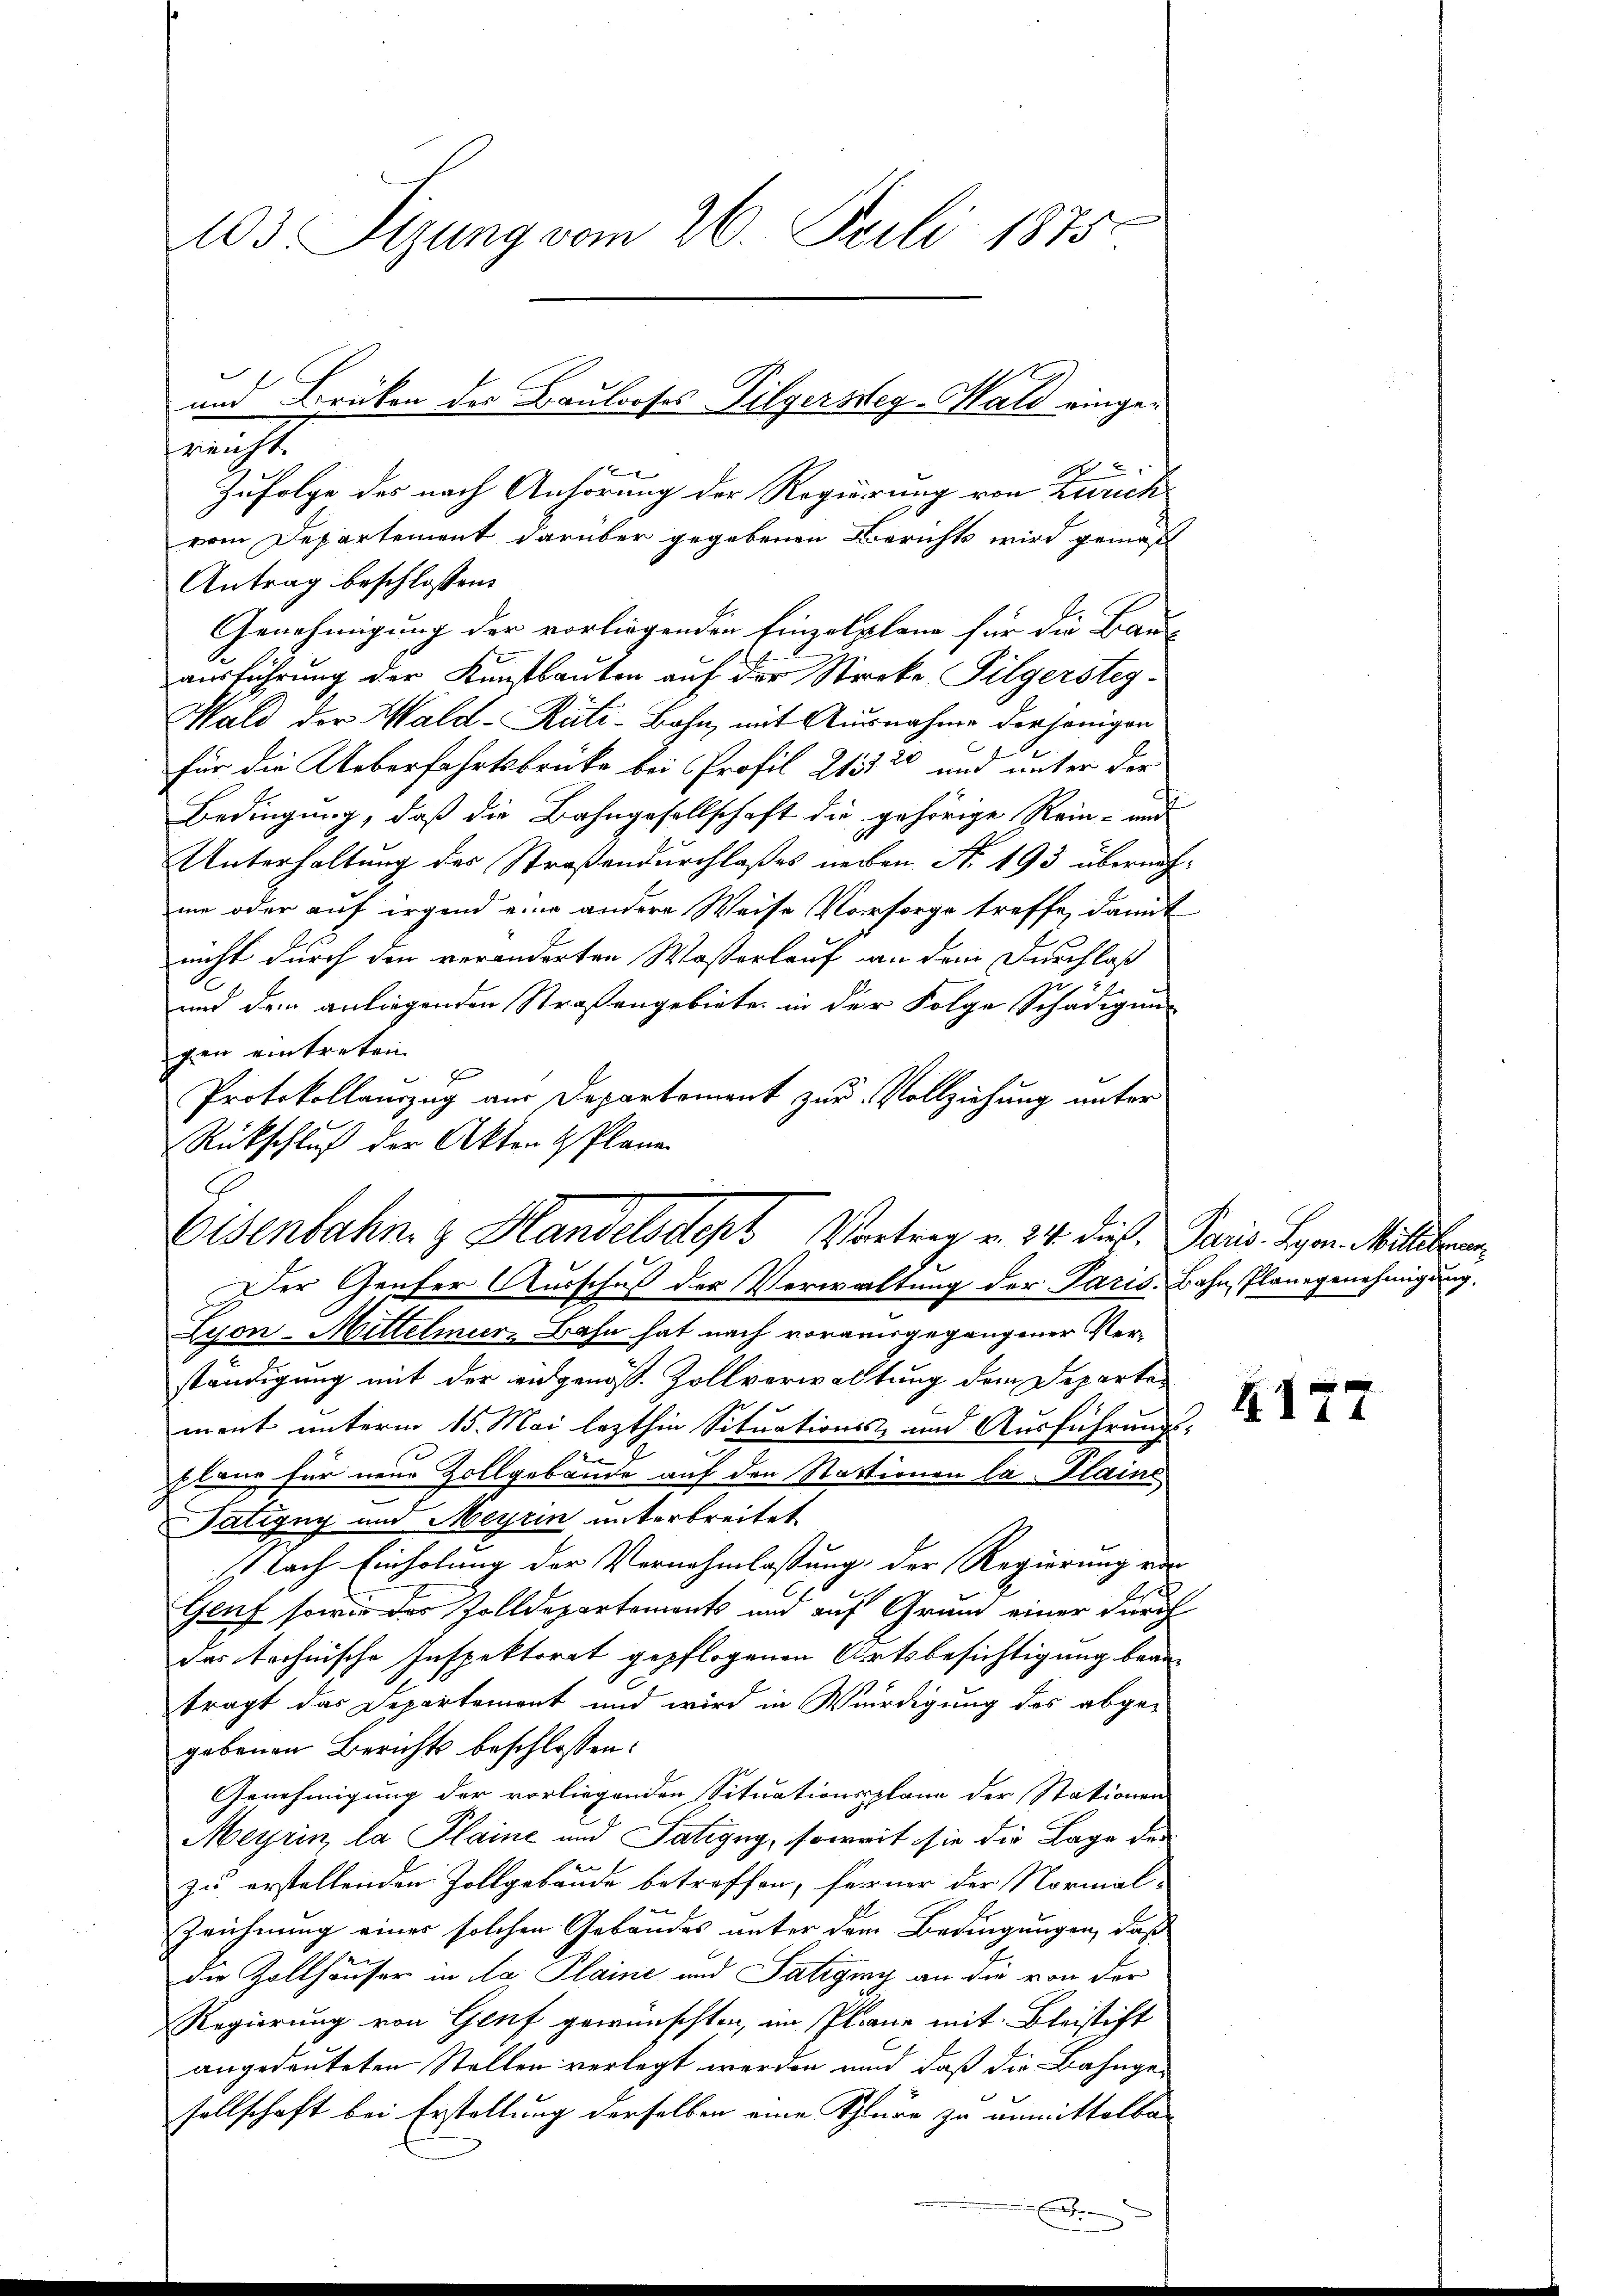
103 Sizung vom 26. Juli 1875.

6
Zufolge des nach Anhörung der Regierung von Zürich
vom Departement darüber gegebenen Berichts wird gemäß
Antrag beschlossen:
Genehmigung der vorliegenden Einzelplane für die Bau- |
ausführung der Kunstbauten auf der Streke Pilgersteg
Wald der Wald–Rüti-Bahn, mit Ausnahme derjenigen
für die Ueberfahrtsbrücke bei Profil Wisse und unter der
Bedingung, daß die Bahngesellschaft die gehörige Rein- und
Unterhaltung des Straßendurchlaßes nechen N. 193 übernachme oder auf irgend eine andere Weise Vorsorge treffe, damit
nicht durch den veränderten Wasserlauf an dem Durchlaß
und dem anliegenden Straßengebiete in der Folge Schädigung
gen eintreten.
f
Protokollauszug aus Departement zur Vollziehung unter
Der Genfer Ausschuß der Verwaltung der Paris. Bahn, Planegenehmigung.
Lyon-Mittelmeer-Bahn hat nach vorausgegangener Verständigung mit der angenoß. Zollverwaltung dem Departement unterm 15. Mai lezthin Situations- und Ausführungs-
lane für neue Zollgebäude auf den Startionen la Plaine
Tatigny und Meyrin unterbreitet
 lach Einholung der Vernehmlassung der Regierung vor
Genf sowie des Zolldepartements und auf Grund einer durch
das technische Inspektorat gepflogenen Ortsbesichtigung beantragt das Departement und wird in Würdigung des abge-
gebenen Berichts beschlossen:
Genehmigung der vorliegenden Situationsplane der Stationen
Meyrin, la Plaine und Satigny, soweit sie die Lage des
zu erstellenden Zollgebäude betreffen, ferner der Normal¬
 von
Zeichnung einer solchen Gebäudes unter dem Bedingungen, daß
die Zollhäuser in da Plaine und Satigny an die von der
Regierung von Genf gewünschten, im Plane mit Bleistift
angedeuteten Stellen verlegt werden und daß die Bahngesellschaft bei Erstellung derselben eine Schüre zu unmittelba-

und Brücken des Baulooses Pilgersseg-Wald eingeericht.

Rückschluß der Akten & Plane
Eisenbahn z. Handelsdept Vortrag v. 24. dies. Paris Bern. Mitterun

A

4177